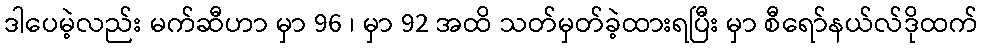
ဒါပေမဲ့လည်း မက်ဆီဟာ မှာ 96 ၊ မှာ 92 အထိ သတ်မှတ်ခဲ့ထားရပြီး မှာ စီရော်နယ်လ်ဒိုထက်